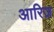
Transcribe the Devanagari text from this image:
आरिज़